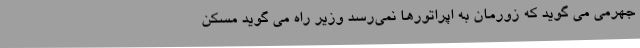
جهرمی می گوید که زورمان به اپراتورها نمی‌رسد وزیر راه می گوید مسکن